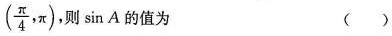
( \frac{π}{4}, π )，则 \sin A 的值为 ()